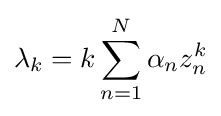
\lambda _{k}=k\sum _{n=1}^{N}\alpha _{n}z_{n}^{k}